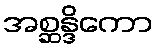
အစ္ဆန္ဒိကော